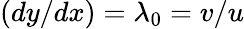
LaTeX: (dy/dx)=\lambda_{0}=v/u